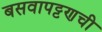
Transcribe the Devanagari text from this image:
बसवापट्टणची